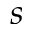
s